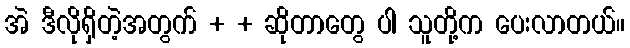
အဲ ဒီလိုရှိတဲ့အတွက် + + ဆိုတာတွေ ပါ သူတို့က ပေးလာတယ်။